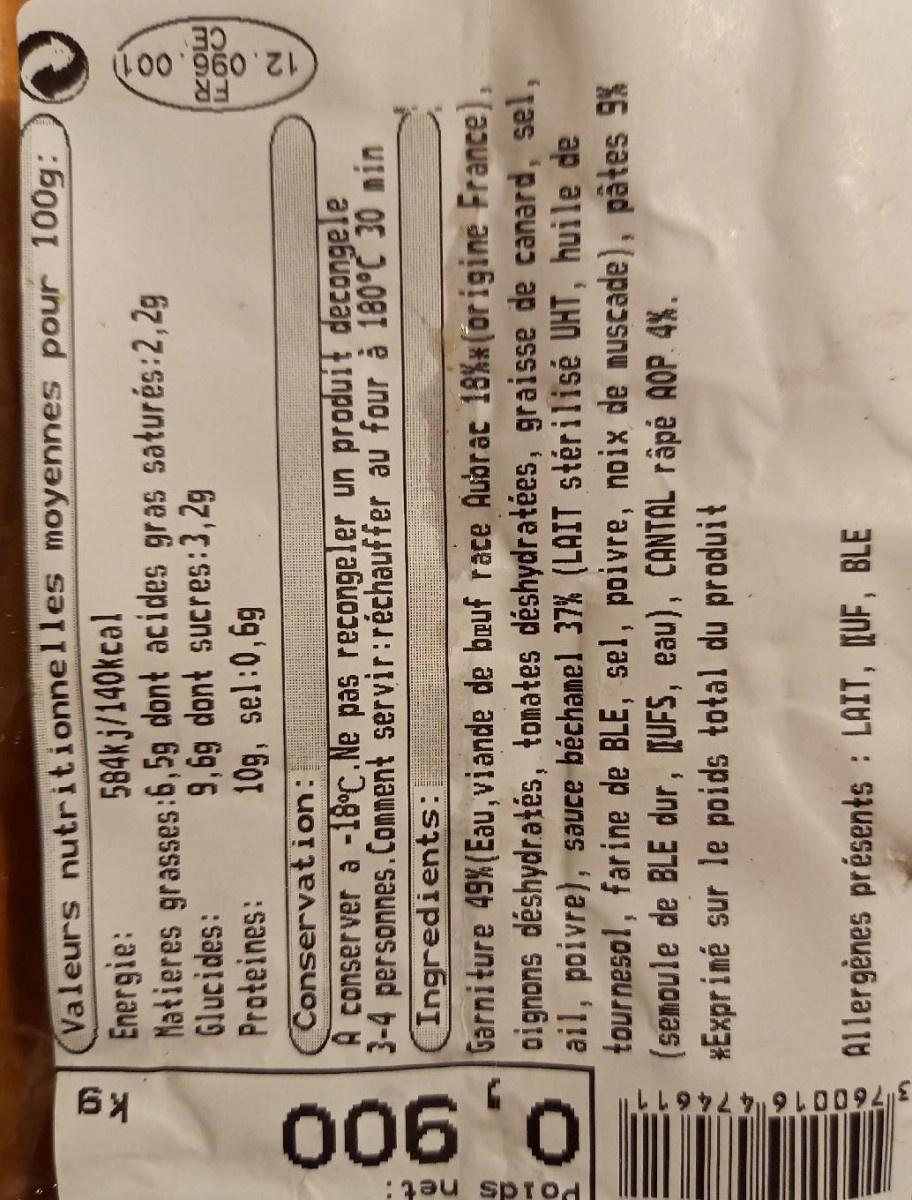
:au sprod
3760016 4 74611
006
12.096.001
Valeurs nutritionnelles moyennes pour 100g: Energie: Matieres grasses:6,5g dont acides gras saturés:2,2g Glucides: Proteines:
584kj/140kcal
9,6g dont sucres:3,2g 10g, sel:0,6g
MO
Conservation: A conserver a -18°C.Ne pas recongeler un produit decongele 3-4 personnes.Comment servir:réchauffer au four à 180°C 30 min Ingredients: Garniture 49%(Eau, viande de beuf race Aubrac 18%x(origine France), oignons déshydratés, tomates déshydratées, graisse de canard, sel, ail, poivre), sauce béchamel 37% (LAIT stérilisé UHT, huile de tournesol, farine de BLE, sel, poivre, noix de muscade), pâtes 9% (senoule de BLE dur, [[UFS, eau), CANTAL râpé AOP. 4%. *Exprimé sur le poids total du produit
Allergènes présents : LAIT, UF, BLE